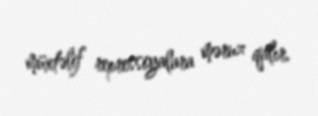
müxtəlif repressiyalara məruz qalır.